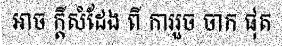
អាច ក្តីសំដែង ពី ការរួច ចាក ផុត